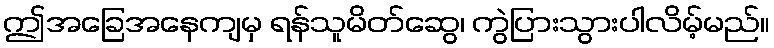
ဤအခြေအနေကျမှ ရန်သူမိတ်ဆွေ၊ ကွဲပြားသွားပါလိမ့်မည်။